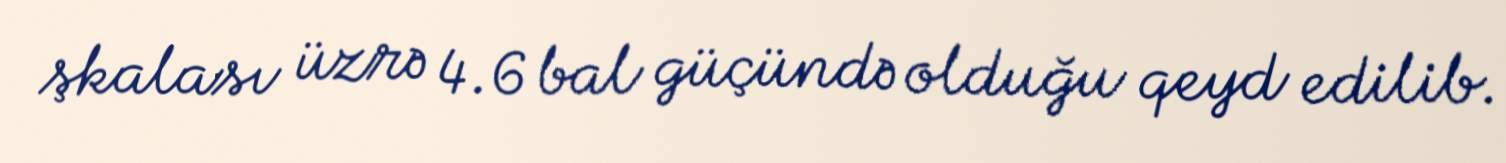
şkalası üzrə 4.6 bal güçündə olduğu qeyd edilib.